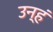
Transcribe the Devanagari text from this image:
उन्हं